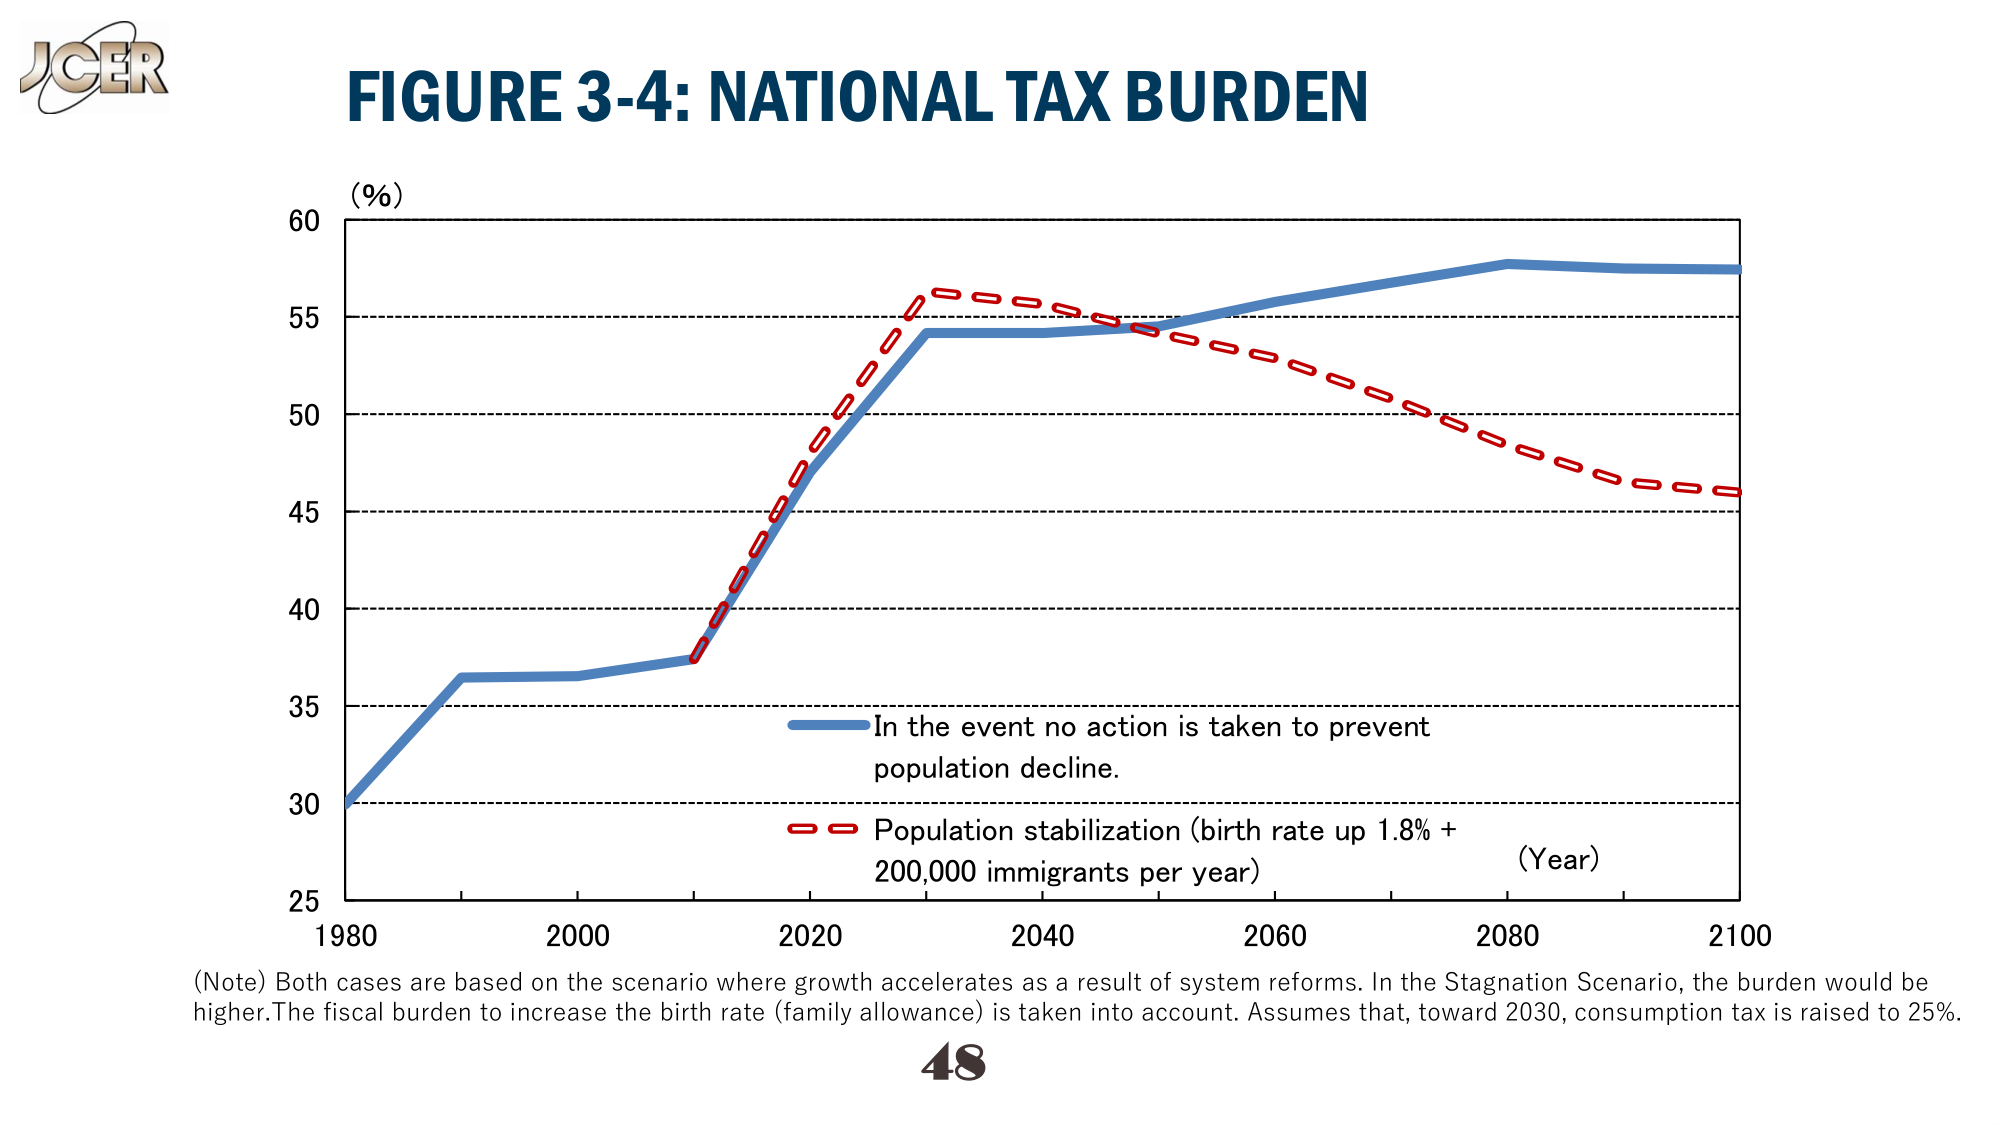
J Cer
FIGURE 3-4: NATIONAL TAX BURDEN
(%)
60
55
50
45
40
35
30
25
1980  2000  2020  2040  2060  2080  2100
(Year)
In the event no action is taken to prevent
population decline.
Population stabilization (birth rate up 1.8% +
200,000 immigrants per year)
(Note) Both cases are based on the scenario where growth accelerates as a result of system reforms. In the Stagnation Scenario, the burden would be
higher. The fiscal burden to increase the birth rate (family allowance) is taken into account. Assumes that, toward 2030, consumption tax is raised to 25%.
48